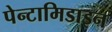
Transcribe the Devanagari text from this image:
पेन्टामिडाइन